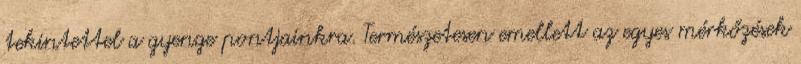
tekintettel a gyenge pontjainkra. Természetesen emellett az egyes mérkőzések